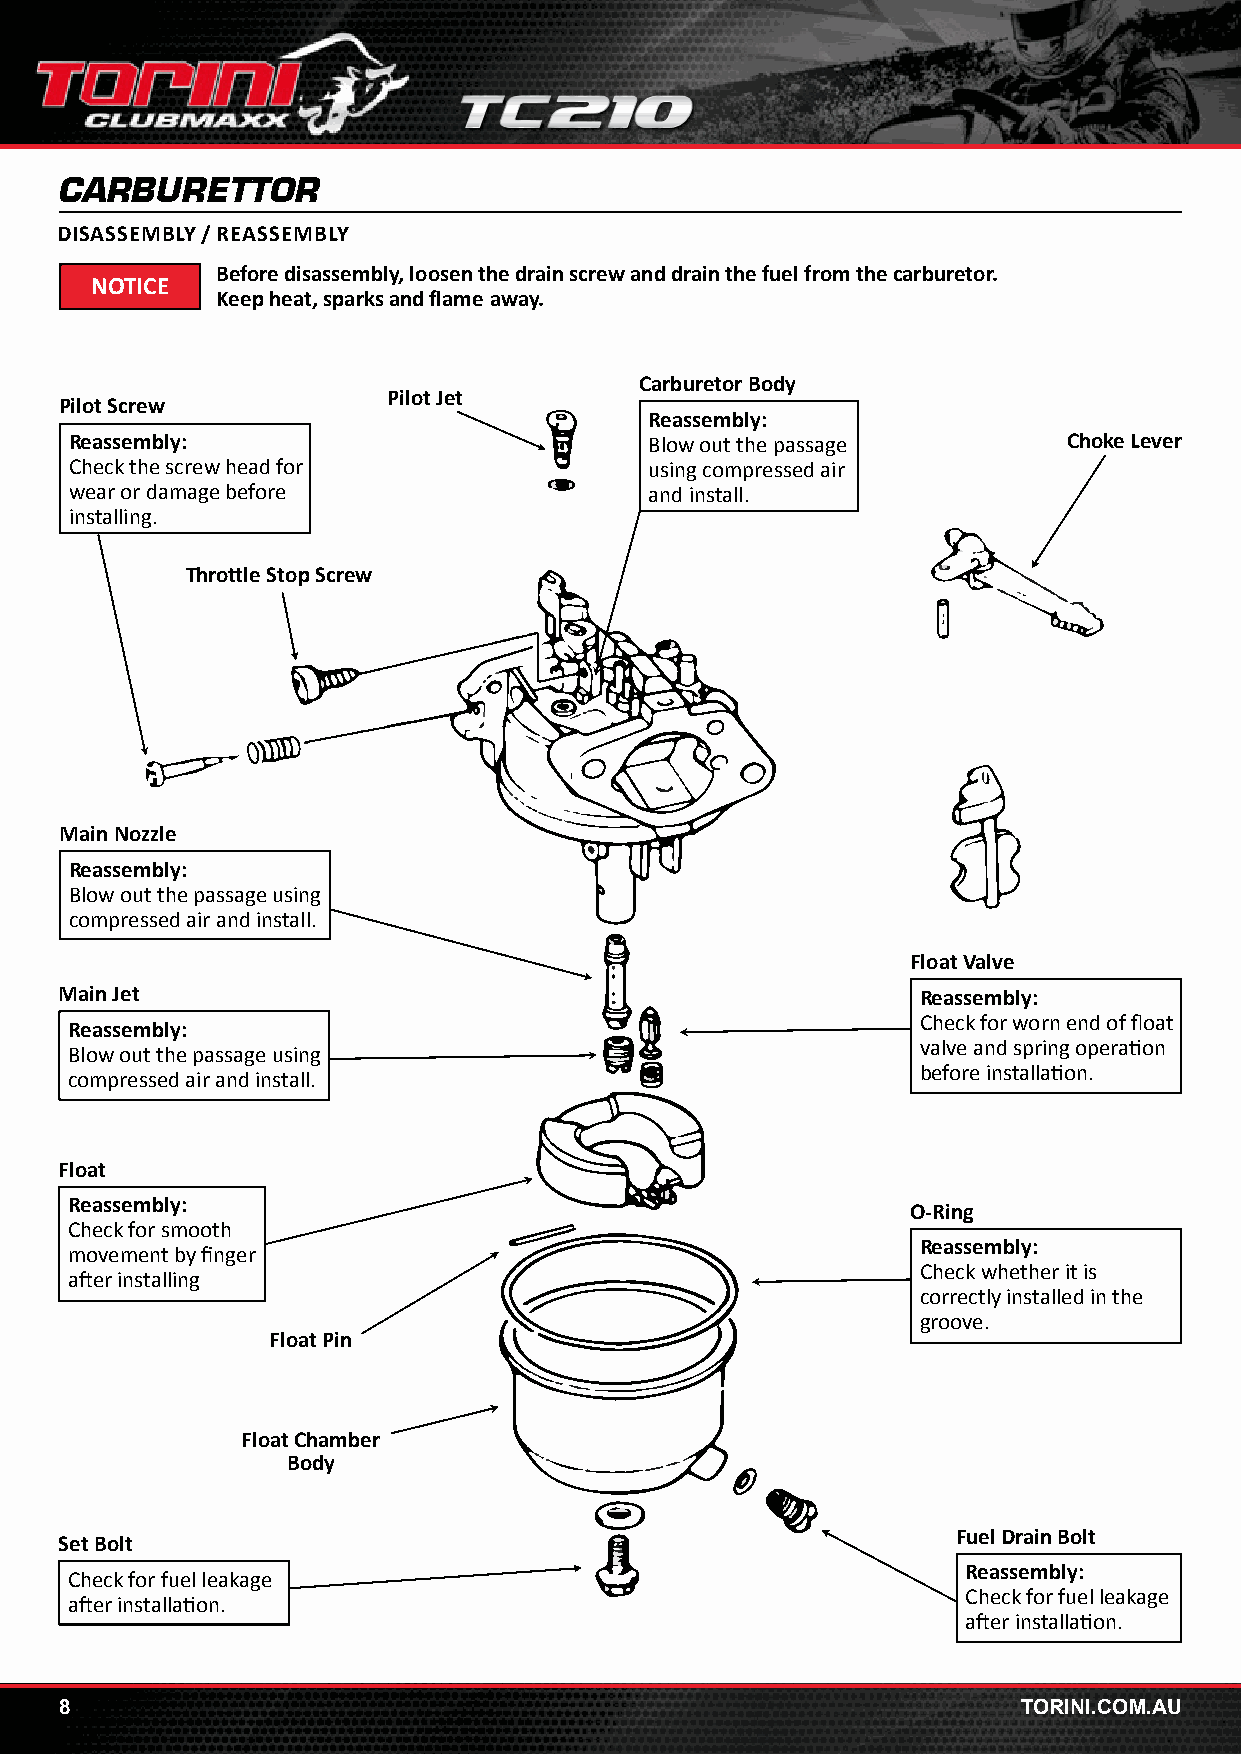
CARBURETTOR
 DISASSEMBLY / REASSEMBLY
 Before disassembly, loosen the drain screw and drain the fuel from the carburetor.
 NOTICE
 Keep heat, sparks and flame away.
 Carburetor Body
 Pilot Jet
 Pilot Screw
 Reassembly:
 Reassembly:                           Blow out the passage        Choke Lever
 Check the screw head for              using compressed air
 wear or damage before                 and install.
 installing.
 Throttle Stop Screw
 Main Nozzle
 Reassembly:
 Blow out the passage using
 compressed air and install.
 Float Valve
 Main Jet                                                 Reassembly:
 Check for worn end of float
 Reassembly:
 valve and spring operation
 Blow out the passage using
 before installation.
 compressed air and install.
 Float
 Reassembly:                                             O-Ring
 Check for smooth
 Reassembly:
 movement by finger
 Check whether it is
 after installing
 correctly installed in the
 groove.
 Float Pin
 Float Chamber
 Body
 Fuel Drain Bolt
 Set Bolt
 Reassembly:
 Check for fuel leakage
 Check for fuel leakage
 after installation.
 after installation.
 8                                                               TORINI.COM.AU